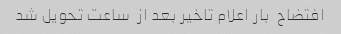
افتضاح  بار اعلام تاخیر بعد از  ساعت تحویل شد